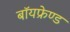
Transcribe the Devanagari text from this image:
बॉयफ्रेण्ड